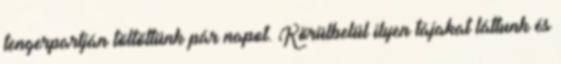
tengerpartján töltöttünk pár napot. Körülbelül ilyen tájakat láttunk és